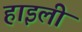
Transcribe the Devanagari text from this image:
हाइली